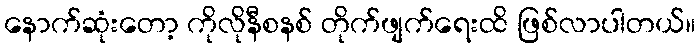
နောက်ဆုံးတော့ ကိုလိုနီစနစ် တိုက်ဖျက်ရေးထိ ဖြစ်လာပါတယ်။